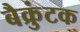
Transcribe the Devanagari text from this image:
बैक्रुंटक